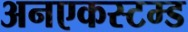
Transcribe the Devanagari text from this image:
अनएकस्टम्ड